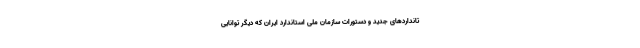
تانداردهای جدید و دستورات سازمان ملی استاندارد ایران که دیگر توانایی